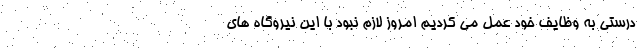
درستی به وظایف خود عمل می کردیم امروز لازم نبود با این نیروگاه های